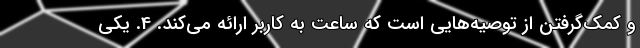
و کمک‌گرفتن از توصیه‌هایی است که ساعت به کاربر ارائه می‌کند. 4. یکی